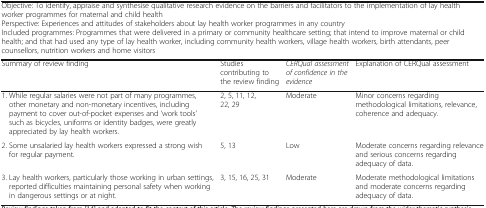
| <COLSPAN=4> Objective: To identify, appraise and synthesise qualitative research evidence on the barriers and facilitators to the implementation of lay health worker programmes for maternal and child healthPerspective: Experiences and attitudes of stakeholders about lay health worker programmes in any countryIncluded programmes: Programmes that were delivered in a primary or community healthcare setting; that intend to improve maternal or child health; and that had used any type of lay health worker, including community health workers, village health workers, birth attendants, peer counsellors, nutrition workers and home visitors |
 | Summary of review finding | Studies contributing to the review finding | CERQual assessment of confidence in the evidence | Explanation of CERQual assessment |
 | --- | --- | --- | --- |
 | 1. While regular salaries were not part of many programmes, other monetary and non-monetary incentives, including payment to cover out-of-pocket expenses and ‘work tools’ such as bicycles, uniforms or identity badges, were greatly appreciated by lay health workers. | 2, 5, 11, 12, 22, 29 | Moderate | Minor concerns regarding methodological limitations, relevance, coherence and adequacy. |
 | 2. Some unsalaried lay health workers expressed a strong wish for regular payment. | 5, 13 | Low | Moderate concerns regarding relevance and serious concerns regarding adequacy of data. |
 | 3. Lay health workers, particularly those working in urban settings, reported difficulties maintaining personal safety when working in dangerous settings or at night. | 3, 15, 16, 25, 31 | Moderate | Moderate methodological limitations and moderate concerns regarding adequacy of data. |